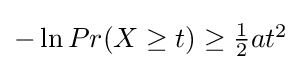
{\textstyle -\ln Pr(X\geq t)\geq {\frac {1}{2}}at^{2}}